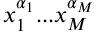
x _ { 1 } ^ { \alpha _ { 1 } } . . . x _ { M } ^ { \alpha _ { M } }